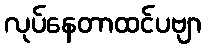
လုပ်နေတာထင်ပဗျာ